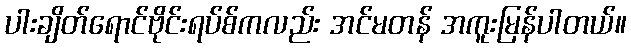
ပါးချိတ်ရောင်ဗိုင်းရပ်စ်ကလည်း အင်မတန် အကူးမြန်ပါတယ်။